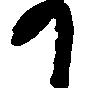
か